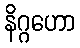
နိဂ္ဂဟော